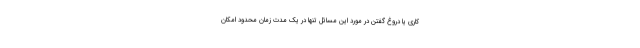
کاری یا دروغ گفتن در مورد این مسائل تنها در یک مدت زمان محدود امکان